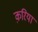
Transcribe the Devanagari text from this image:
क़रिया